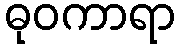
ဓုဝကာရာ